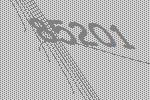
85201